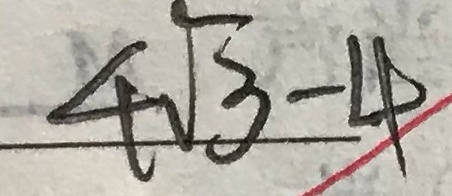
4 \sqrt { 3 } - 4